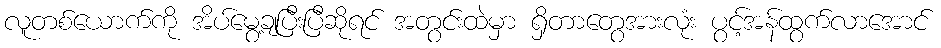
လူတစ်ယောက်ကို အိပ်မွေ့ချပြီးပြီဆိုရင် အတွင်းထဲမှာ ရှိတာတွေအားလုံး ပွင့်အန်ထွက်လာအောင်